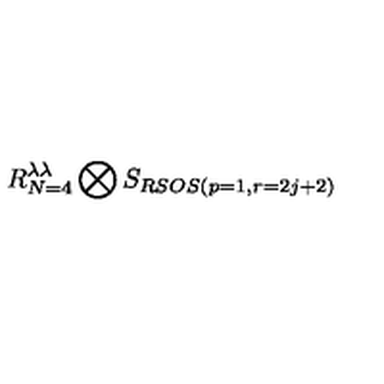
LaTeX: R _ { N = 4 } ^ { \lambda \lambda } \bigotimes S _ { R S O S ( p = 1 , r = 2 j + 2 ) }